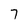
Character: 7